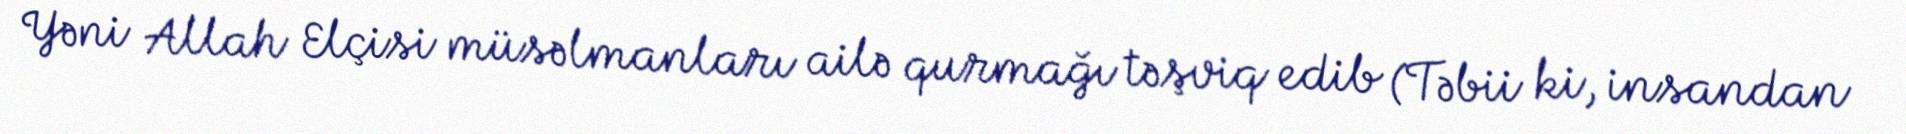
Yəni Allah Elçisi müsəlmanları ailə qurmağı təşviq edib (Təbii ki, insandan